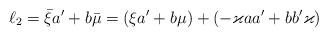
LaTeX: \begin{align*}\ell_2=\bar{\xi}a^\prime+b\bar{\mu}=(\xi a^\prime+b\mu)+(-\varkappa a a^\prime +b b^\prime \varkappa)\end{align*}